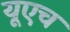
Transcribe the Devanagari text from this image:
यूएच